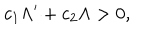
c _ { 1 } \Lambda ^ { \prime } + c _ { 2 } \Lambda > 0 ,